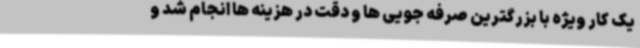
یک کار ویژه با بزرگترین صرفه جویی ها و دقت در هزینه ها انجام شد و